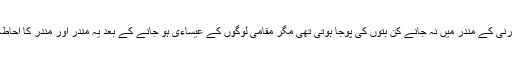
حیاستان میں عیساءیت کے آنے سے پہلے گارنی کے مندر میں نہ جانے کن بتوں کی پوجا ہوتی تھی مگر مقامی لوگوں کے عیساءی ہو جانے کے بعد یہ مندر اور مندر کا احاطہ عیساءی عبادت کے لیے استعمال ہونے لگا۔